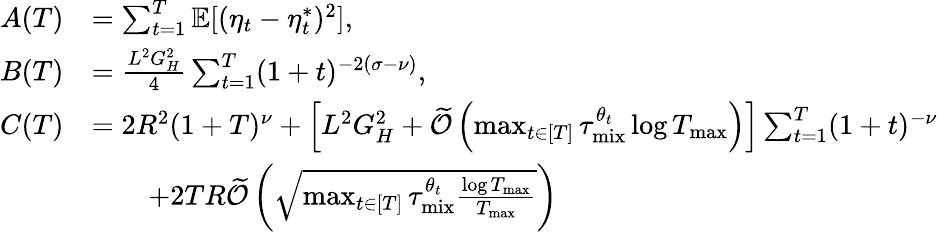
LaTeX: \begin{array}{rl}{A(T)}&{=\sum_{t=1}^{T}\mathbb{E}[(\eta_{t}-\eta_{t}^{*})^{2}],}\\ {B(T)}&{=\frac{L^{2}G_{H}^{2}}{4}\sum_{t=1}^{T}(1+t)^{-2(\sigma-\nu)},}\\ {C(T)}&{=2R^{2}(1+T)^{\nu}+\left[L^{2}G_{H}^{2}+\widetilde{\mathcal{O}}\left(\operatorname*{max}_{t\in[T]}\tau_{\mathrm{mix}}^{\theta_{t}}\log T_{\operatorname*{max}}\right)\right]\sum_{t=1}^{T}(1+t)^{-\nu}}\\ &{\qquad+2TR\widetilde{\mathcal{O}}\left(\sqrt{\operatorname*{max}_{t\in[T]}\tau_{\mathrm{mix}}^{\theta_{t}}\frac{\log T_{\operatorname*{max}}}{T_{\operatorname*{max}}}}\right)}\end{array}